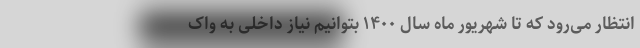
انتظار می‌رود که تا شهریور ماه سال ۱۴۰۰ بتوانیم نیاز داخلی به واک